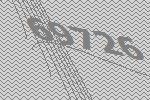
69726